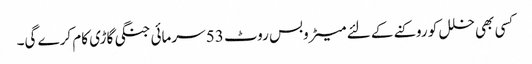
کسی بھی خلل کو روکنے کے لئے میٹروبس روٹ 53 سرمائی جنگی گاڑی کام کرے گی۔